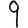
Digit: 9